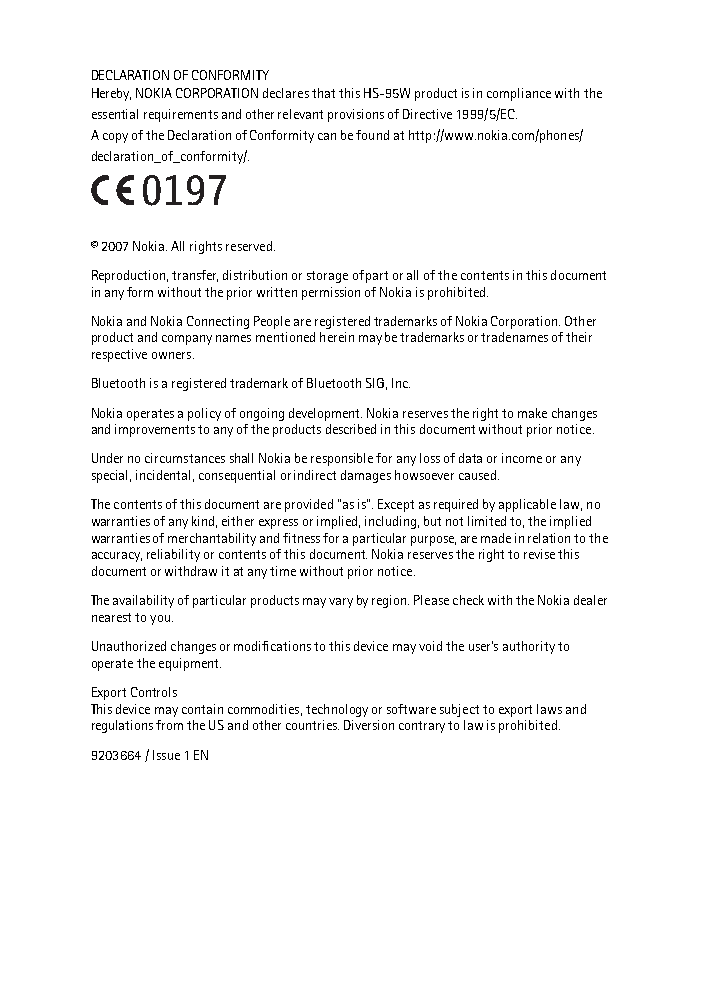
DECLARATION OF CONFORMITY
 Hereby, NOKIA CORPORATION declares that this HS-95W product is in compliance with the
 essential requirements and other relevant provisions of Directive 1999/5/EC.
 A copy of the Declaration of Conformity can be found at http://www.nokia.com/phones/
 declaration_of_conformity/.
 © 2007 Nokia. All rights reserved.
 Reproduction, transfer, distribution or storage of part or all of the contents in this document
 in any form without the prior written permission of Nokia is prohibited.
 Nokia and Nokia Connecting People are registered trademarks of Nokia Corporation. Other
 product and company names mentioned herein may be trademarks or tradenames of their
 respective owners.
 Bluetooth is a registered trademark of Bluetooth SIG, Inc.
 Nokia operates a policy of ongoing development. Nokia reserves the right to make changes
 and improvements to any of the products described in this document without prior notice.
 Under no circumstances shall Nokia be responsible for any loss of data or income or any
 special, incidental, consequential or indirect damages howsoever caused.
 The contents of this document are provided "as is". Except as required by applicable law, no
 warranties of any kind, either express or implied, including, but not limited to, the implied
 warranties of merchantability and fitness for a particular purpose, are made in relation to the
 accuracy, reliability or contents of this document. Nokia reserves the right to revise this
 document or withdraw it at any time without prior notice.
 The availability of particular products may vary by region. Please check with the Nokia dealer
 nearest to you.
 Unauthorized changes or modifications to this device may void the user's authority to
 operate the equipment.
 Export Controls
 This device may contain commodities, technology or software subject to export laws and
 regulations from the US and other countries. Diversion contrary to law is prohibited.
 9203664 / Issue 1 EN